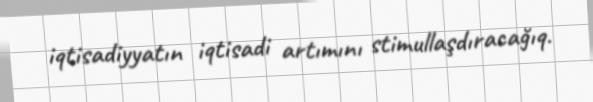
iqtisadiyyatın iqtisadi artımını stimullaşdıracağıq.